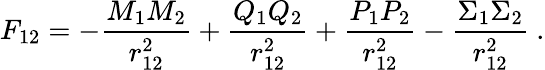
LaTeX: F_{12}=-\frac{M_{1}M_{2}}{r_{12}^{2}}+\frac{Q_{1}Q_{2}}{r_{12}^{2}}+\frac{P_{1}P_{2}}{r_{12}^{2}}-\frac{\Sigma_{1}\Sigma_{2}}{r_{12}^{2}}\ .